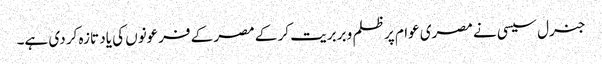
جنرل سیسی نے مصری عوام پر ظلم و بربریت کر کے مصر کے فرعونوں کی یاد تازہ کر دی ہے۔